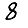
Digit: 8